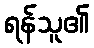
ရန်သူ၏